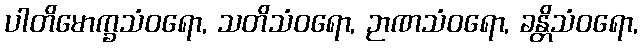
ပါတိမောက္ခသံဝရော, သတိသံဝရော, ဉာဏသံဝရော, ခန္တိသံဝရော,